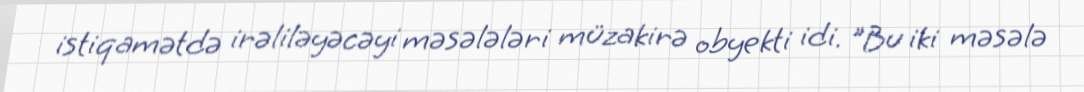
istiqamətdə irəliləyəcəyi məsələləri müzakirə obyekti idi. "Bu iki məsələ